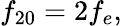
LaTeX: f_{20}=2f_{e},